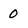
Character: 0